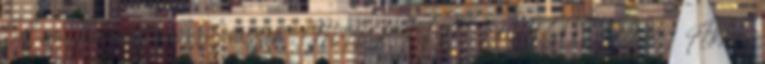
58 cm, használt orvosi műszer . MAKITA UM603DWY Akkus